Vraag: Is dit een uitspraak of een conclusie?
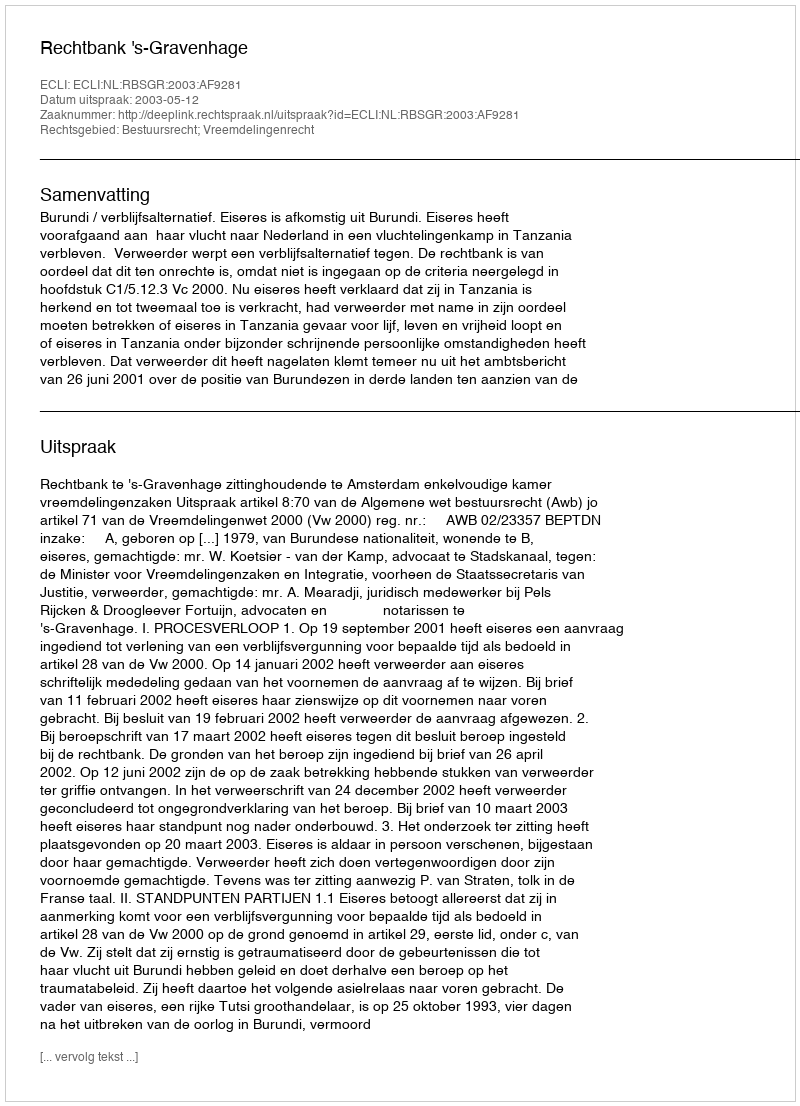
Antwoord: Uitspraak